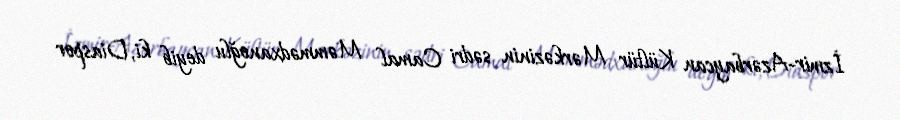
İzmir-Azərbaycan Kültür Mərkəzinin sədri Camal Məmmədxanoğlu deyib ki, Diaspor